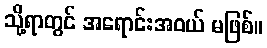
သို့ရာတွင် အရောင်းအဝယ် မဖြစ်။